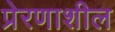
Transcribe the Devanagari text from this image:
प्रेरणाशील